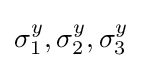
\sigma _{1}^{y},\sigma _{2}^{y},\sigma _{3}^{y}